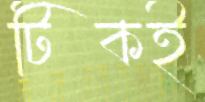
টিকই